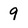
Character: 9